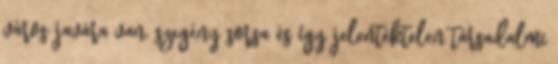
város javára van, szegény sorsa és így jelentéktelen társadalmi